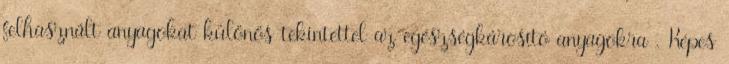
felhasznált anyagokat különös tekintettel az egészségkárosító anyagokra . Képes